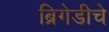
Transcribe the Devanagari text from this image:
ब्रिगेडीचे